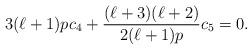
LaTeX: \begin{gather*}3 (\ell+1) p c_4 + \frac{(\ell+3) (\ell+2)}{2(\ell+1)p} c_5 = 0.\end{gather*}